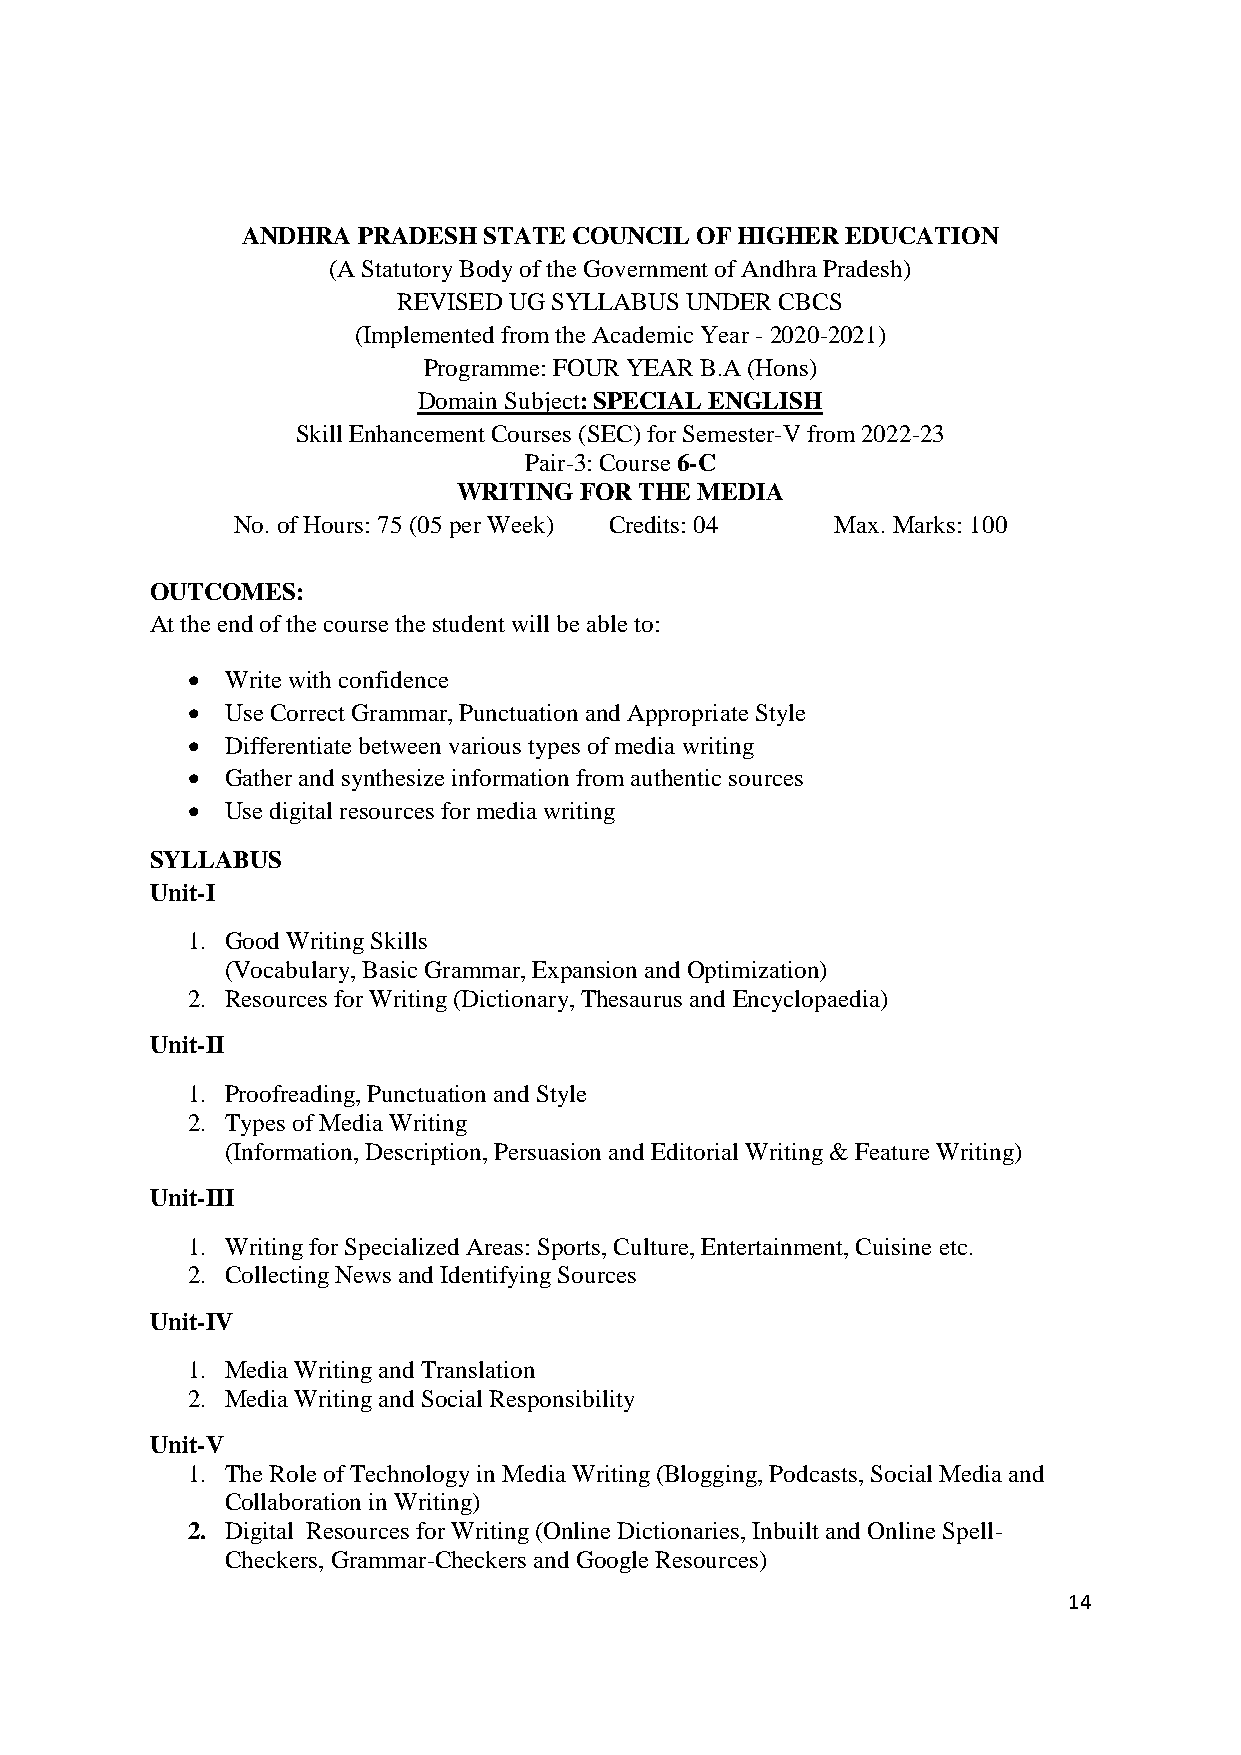
ANDHRA  PRADESH STATE COUNCIL OF HIGHER EDUCATION
 (A Statutory Body of the Government of Andhra Pradesh)
 REVISED UG SYLLABUS UNDER CBCS
 (Implemented from the Academic Year - 2020-2021)
 Programme: FOUR YEAR B.A (Hons)
 Domain Subject: SPECIAL ENGLISH
 Skill Enhancement Courses (SEC) for Semester-V from 2022-23
 Pair-3: Course 6-C
 WRITING FOR THE MEDIA
 No. of Hours: 75 (05 per Week) Credits: 04 Max. Marks: 100
 OUTCOMES:
 At the end of the course the student will be able to:
   Write with confidence
   Use Correct Grammar, Punctuation and Appropriate Style
   Differentiate between various types of media writing
   Gather and synthesize information from authentic sources
   Use digital resources for media writing
 SYLLABUS
 Unit-I
 1. Good Writing Skills
 (Vocabulary, Basic Grammar, Expansion and Optimization)
 2. Resources for Writing (Dictionary, Thesaurus and Encyclopaedia)
 Unit-II
 1. Proofreading, Punctuation and Style
 2. Types of Media Writing
 (Information, Description, Persuasion and Editorial Writing & Feature Writing)
 Unit-III
 1. Writing for Specialized Areas: Sports, Culture, Entertainment, Cuisine etc.
 2. Collecting News and Identifying Sources
 Unit-IV
 1. Media Writing and Translation
 2. Media Writing and Social Responsibility
 Unit-V
 1. The Role of Technology in Media Writing (Blogging, Podcasts, Social Media and
 Collaboration in Writing)
 2. Digital Resources for Writing (Online Dictionaries, Inbuilt and Online Spell-
 Checkers, Grammar-Checkers and Google Resources)
 14